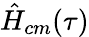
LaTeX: \hat{H}_{cm}(\tau)